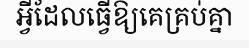
អ្វីដែលធ្វើឱ្យគេគ្រប់គ្នា